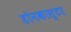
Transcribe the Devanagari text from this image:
डोनकास्टर